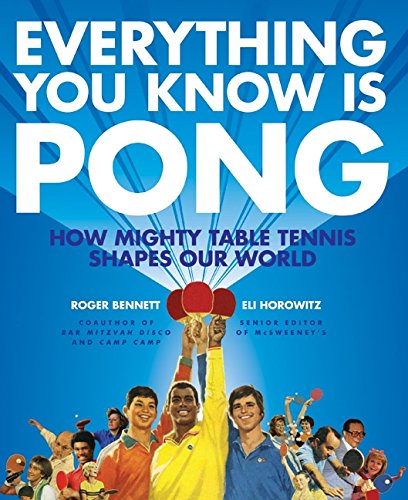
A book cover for Everything You Know Is Pong: How Mighty Table Tennis Shapes Our World; Roger Bennett; Sports & Outdoors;